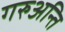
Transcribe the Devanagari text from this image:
गरुअन्ति